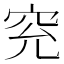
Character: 䆓